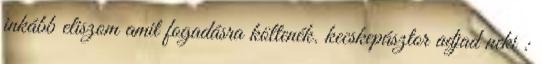
inkább eliszom amit fogadásra költenék. kecskepásztor adjad neki :